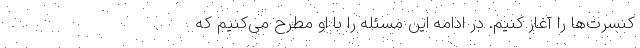
کنسرت‌ها را آغاز کنیم. در ادامه این مسئله را با او مطرح می‌کنیم که